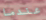
عندما